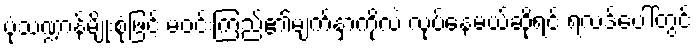
ပုံသဏ္ဍာန်မျိုးစုံဖြင့် မဝင်းကြည်၏မျက်နှာကိုလဲ လုပ်နေမယ်ဆိုရင် ရလဒ်ပေါ်တွင်